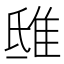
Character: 𨾦